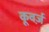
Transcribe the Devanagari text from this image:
कूवर्ज़